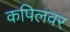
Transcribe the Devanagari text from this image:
कपिलवर